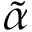
\tilde { \alpha }